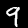
Label: 9